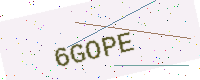
Text: 6GOPE